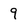
Character: 9